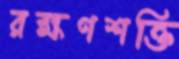
রক্ষণশক্তি